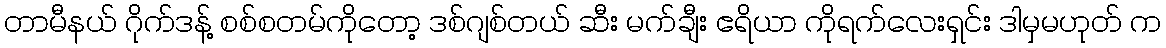
တာမီနယ် ဂိုက်ဒန့် စစ်စတမ်ကိုတော့ ဒစ်ဂျစ်တယ် ဆီး မက်ချီး ဧရိယာ ကိုရက်လေးရှင်း ဒါမှမဟုတ် က